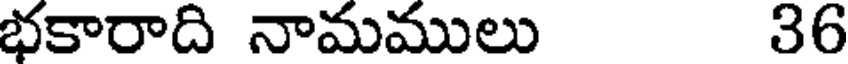
భకారాది నామములు 36